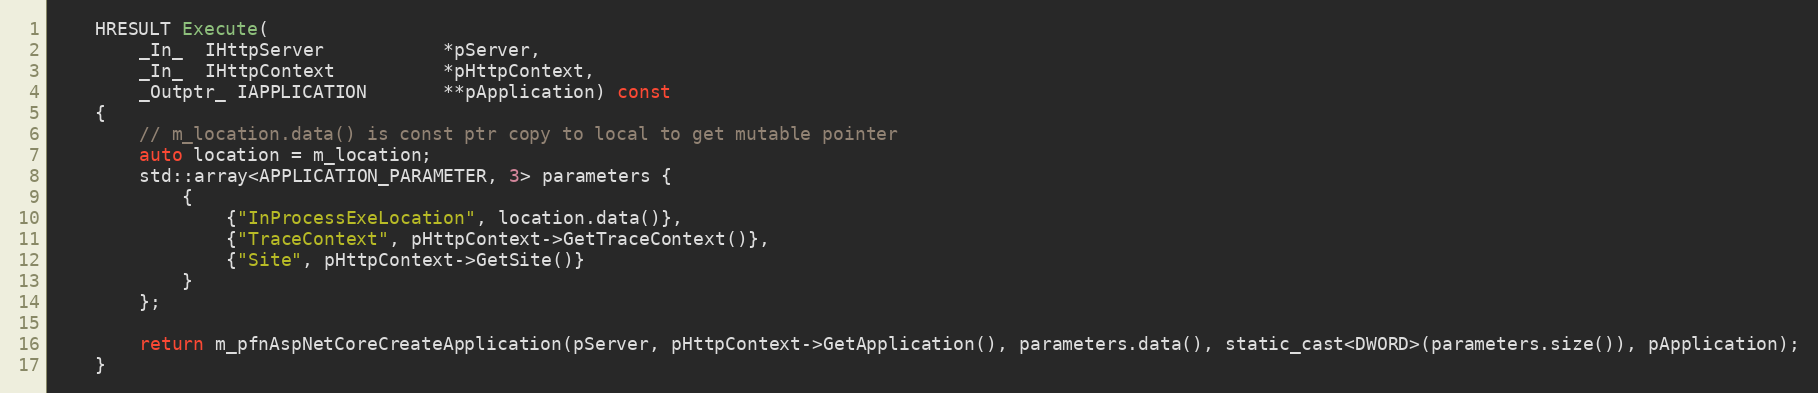
Language: C
    HRESULT Execute(
        _In_  IHttpServer           *pServer,
        _In_  IHttpContext          *pHttpContext,
        _Outptr_ IAPPLICATION       **pApplication) const
    {
        // m_location.data() is const ptr copy to local to get mutable pointer
        auto location = m_location;
        std::array<APPLICATION_PARAMETER, 3> parameters {
            {
                {"InProcessExeLocation", location.data()},
                {"TraceContext", pHttpContext->GetTraceContext()},
                {"Site", pHttpContext->GetSite()}
            }
        };

        return m_pfnAspNetCoreCreateApplication(pServer, pHttpContext->GetApplication(), parameters.data(), static_cast<DWORD>(parameters.size()), pApplication);
    }